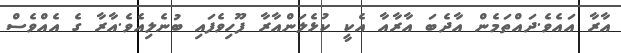
އާރާ އައެވެ.ދައްތަމެން އާދެބަ އާރާއާ އެކީ ކުޅެލަންއާރާ ފޫހިވެފައި ބުނެލިއެވެ.އާރާ ގެ އެއްވެސް